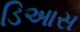
ડિઆસ